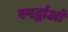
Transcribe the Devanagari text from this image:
स्पर्द्धाओं